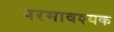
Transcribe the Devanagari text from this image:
परमावश्‍यक